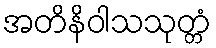
အတိနိဝါသသုတ္တံ